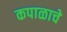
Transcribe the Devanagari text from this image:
कपाळाचे